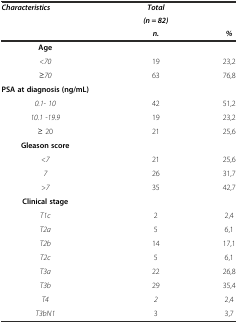
| Characteristics | Total |  |
 |  | (n = 82) |  |
 |  | n. | % |
 | --- | --- | --- |
 | Age |  |  |
 | <70 | 19 | 23,2 |
 | ≥70 | 63 | 76,8 |
 | PSA at diagnosis (ng/mL) |  |  |
 | 0.1- 10 | 42 | 51,2 |
 | 10.1 -19.9 | 19 | 23,2 |
 | ≥ 20 | 21 | 25,6 |
 | Gleason score |  |  |
 | <7 | 21 | 25,6 |
 | 7 | 26 | 31,7 |
 | >7 | 35 | 42,7 |
 | Clinical stage |  |  |
 | T1c | 2 | 2,4 |
 | T2a | 5 | 6,1 |
 | T2b | 14 | 17,1 |
 | T2c | 5 | 6,1 |
 | T3a | 22 | 26,8 |
 | T3b | 29 | 35,4 |
 | T4 | 2 | 2,4 |
 | T3bN1 | 3 | 3,7 |